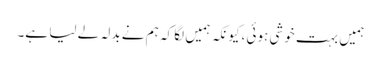
ہمیں بہت خوشی ہوئی ،کیونکہ ہمیں لگا کہ ہم نے بدلہ لے لیا ہے۔